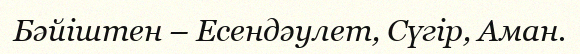
Бәйіштен – Есендәулет, Сүгір, Аман.